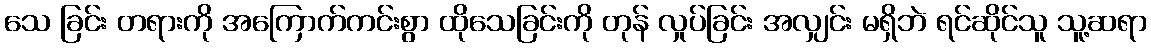
သေ ခြင်း တရားကို အကြောက်ကင်းစွာ ထိုသေခြင်းကို တုန် လှုပ်ခြင်း အလျှင်း မရှိဘဲ ရင်ဆိုင်သူ သူ့ဆရာ